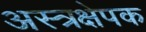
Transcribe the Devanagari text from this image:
अस्त्रक्षेपक